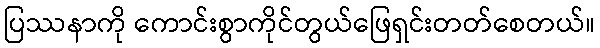
ပြဿနာကို ကောင်းစွာကိုင်တွယ်ဖြေရှင်းတတ်စေတယ်။